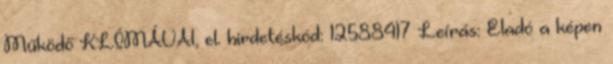
Működő KLÍMÁVAl, el. hirdetéskód: 12588417 Leírás: Eladó a képen